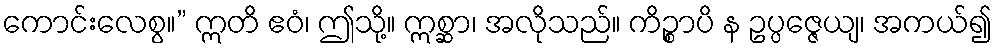
ကောင်းလေစွ။” ဣတိ ဧဝံ၊ ဤသို့။ ဣစ္ဆာ၊ အလိုသည်။ ကိဉ္စာပိ န ဥပ္ပဇ္ဇေယျ၊ အကယ်၍